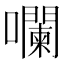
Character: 㘓